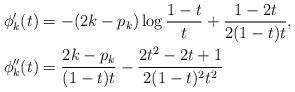
LaTeX: \begin{align*}\phi_k'(t) & = -(2k-p_k) \log\frac{1-t}{t} + \frac{1-2t}{2(1-t)t}, \\\phi_k''(t) & = \frac{2k-p_k}{(1-t)t} - \frac{2t^2-2t+1}{2(1-t)^2 t^2}\end{align*}